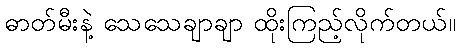
ဓာတ်မီးနဲ့ သေသေချာချာ ထိုးကြည့်လိုက်တယ်။